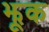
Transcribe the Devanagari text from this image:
झूक